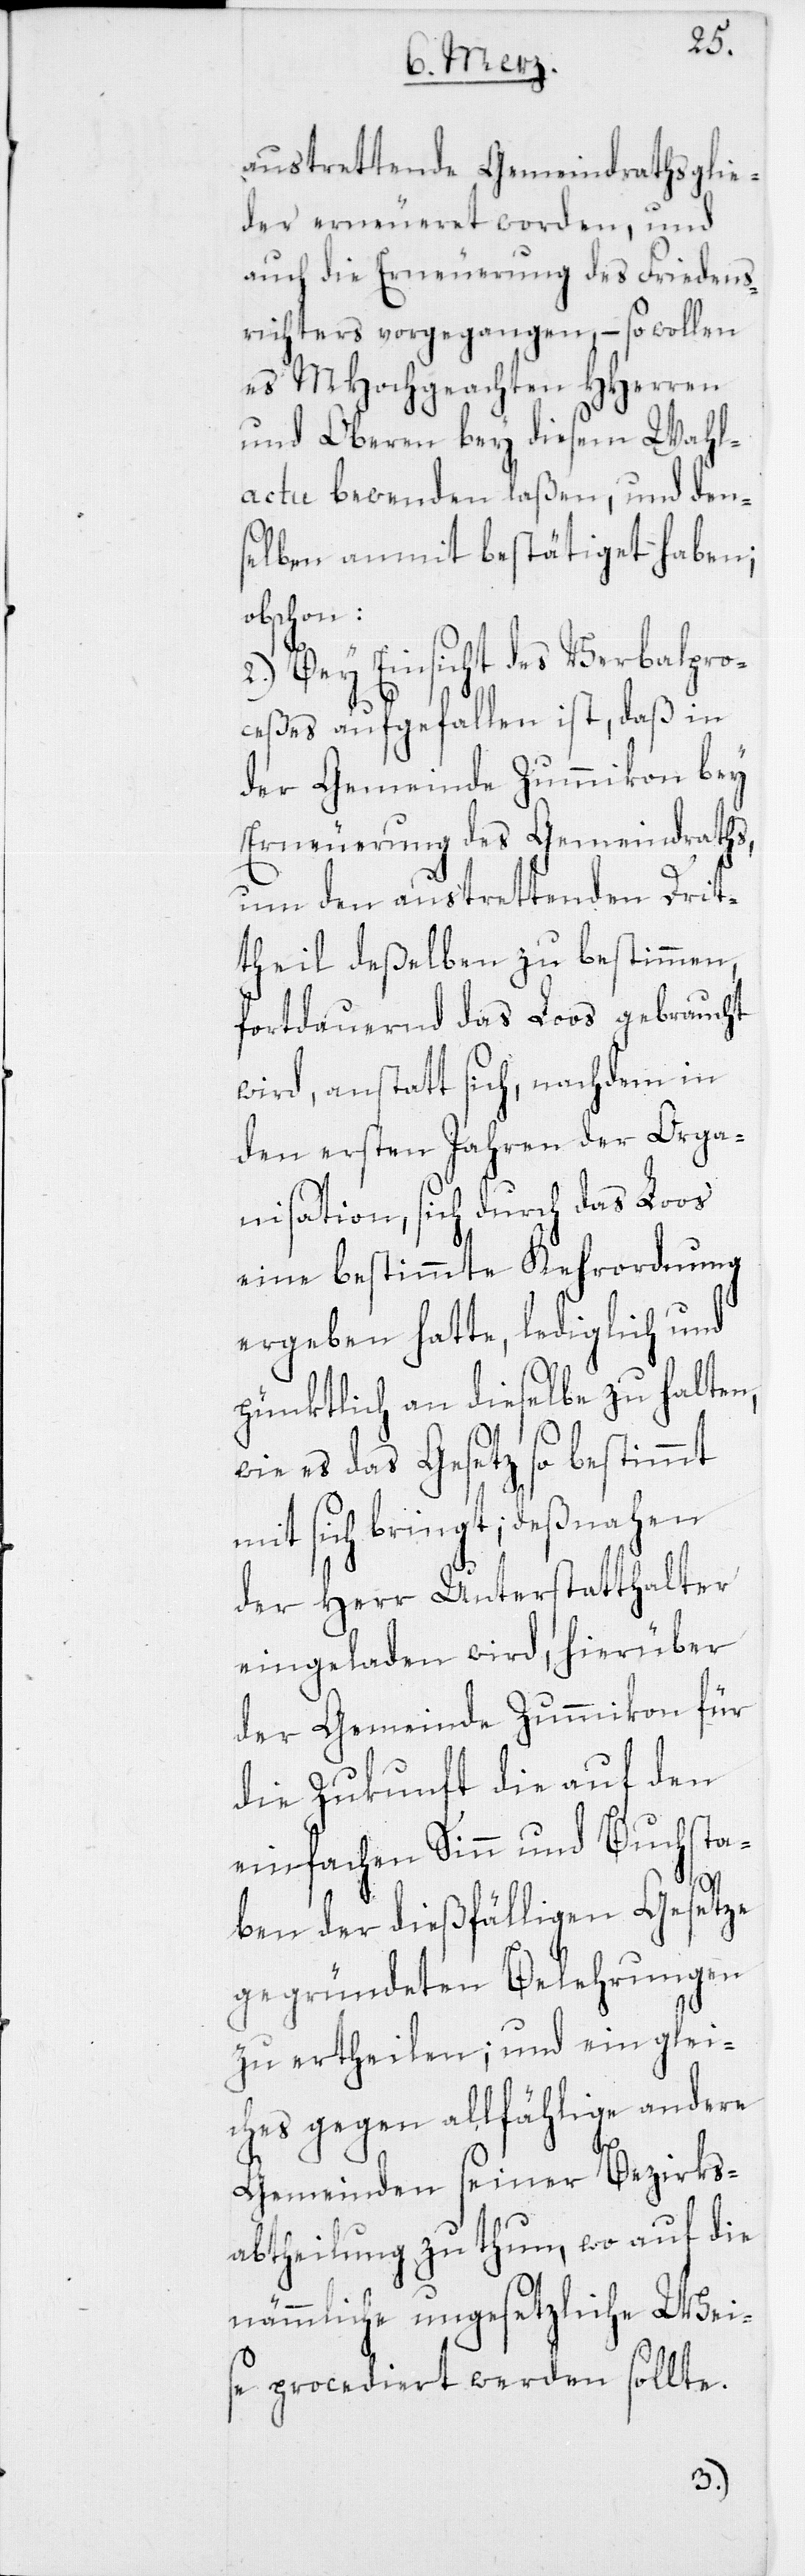
austrettende Gemeindrathsglie¬
der erneueret worden, und
auch die Erneuerung des Friedens¬
richters vorgegangen, – so wollen
es MHochgeachten HHerren
und Oberen bey diesem Wahl¬
actu bewenden laßen, und den¬
selben anmit bestätiget haben;
obschon:
2.) Bey Einsicht des Verbalpro¬
ceßes aufgefallen ist, daß in
der Gemeinde Zummikon bey
Erneuerung des Gemeindraths,
um den austrettenden Drit¬
theil deßelben zu bestimmen,
fortdauernd das Loos gebraucht
wird, anstatt sich, nachdem in
den ersten Jahren der Orga¬
nisation, sich durch das Loos
eine bestimmte Kehrordnung
ergeben hatte, lediglich und
pünktlich an dieselbe zu halten,
wie es das Gesetz so bestimmt
mit sich bringt; deßnahen
der Herr Unterstatthalter
eingeladen wird, hierüber
der Gemeinde Zummikon für
die Zukunft die auf den
einfachen Sinn und Buchsta¬
ben der dießfälligen Gesetze
gegründeten Belehrungen
zu ertheilen; und ein glei¬
ches gegen allfählige andere
Gemeinden seiner Bezirks¬
abtheilung zu thun, wo auf die
nämmliche ungesetzliche Wei¬
se procediert werden sollte.